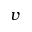
v